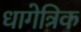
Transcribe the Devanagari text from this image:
धागेत्रिक